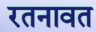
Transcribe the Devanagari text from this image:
रतनावत